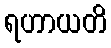
ရဟာယတိ